Calcutta medical institutions reports 1892-1900
Year: 1892
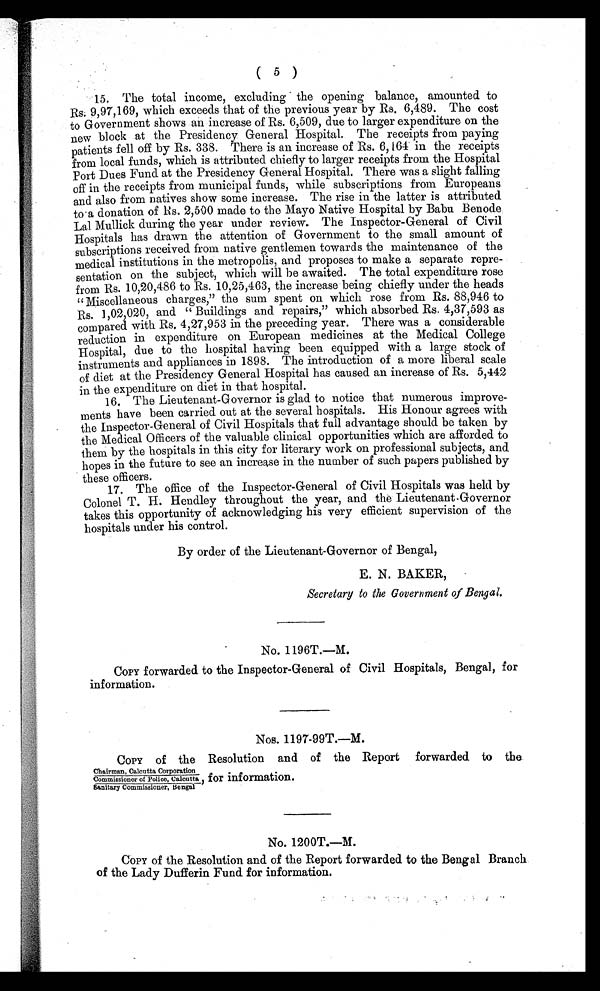
( 5 )
15. The total income, excluding the opening balance, amounted to
Rs. 9,97,169, which exceeds that of the previous year by Rs. 6,489. The cost
to Government shows an increase of Rs. 6,509, due to larger expenditure on the
new block at the Presidency General Hospital. The receipts from paying
patients fell off by Rs. 338. There is an increase of Rs. 6,164 in the receipts
from local funds, which is attributed chiefly to larger receipts from the Hospital
Port Dues Fund at the Presidency General Hospital. There was a slight falling
off in the receipts from municipal funds, while subscriptions from Europeans
and also from natives show some increase. The rise in the latter is attributed
to a donation of Rs. 2,500 made to the Mayo Native Hospital by Babu Benode
Lal Mullick during the year under review. The Inspector-General of Civil
Hospitals has drawn the attention of Government to the small amount of
subscriptions received from native gentlemen towards the maintenance of the
medical institutions in the metropolis, and proposes to make a separate repre
-sentation on the subject, which will be awaited. The total expenditure rose
from Rs. 10,20,486 to Rs. 10,25,463, the increase being chiefly under the heads
"Miscellaneous charges," the sum spent on which rose from Rs. 88,946 to
Rs. 1,02,020, and "Buildings and repairs," which absorbed Rs. 4,37,593 as
compared with Rs. 4,27,953 in the preceding year. There was a considerable
reduction in expenditure on European medicines at the Medical College
Hospital, due to the hospital having been equipped with a large stock of
instruments and appliances in 1898. The introduction of a more liberal scale
of diet at the Presidency General Hospital has caused an increase of Rs. 5,442
in the expenditure on diet in that hospital.
16. The Lieutenant-Governor is glad to notice that numerous improve
-ments have been carried out at the several hospitals. His Honour agrees with
the Inspector-General of Civil Hospitals that full advantage should be taken by
the Medical Officers of the valuable clinical opportunities which are afforded to
them by the hospitals in this city for literary work on professional subjects, and
hopes in the future to see an increase in the number of such papers published by
these officers.
17. The office of the Inspector-General of Civil Hospitals was held by
Colonel T. H. Hendley throughout the year, and the Lieutenant-Governor
takes this opportunity of acknowledging his very efficient supervision of the
hospitals under his control.
By order of the Lieutenant-Governor of Bengal,
E . E . N. BAKE R,
Secretary to the Government of Bengal.
No. 1196T.—M.
COPY forwarded to the Inspector-General of Civil Hospitals, Bengal, for
information.
Nos. 1197-99T.—M.
COPY of the Resolution and of the Report forwarded to the
Chairman, Calcutta Corporation
Commissioner of Police, Calcutta for information.
Sanitary Commissioner, Bengal,
No. 1200T.—M.
COPY of the Resolution and of the Report forwarded to the Bengal Branch
of the Lady Dufferin Fund for information.